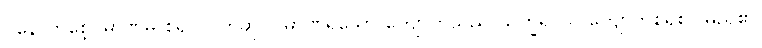
ပဲနောက်စေ့ပမာဏမှ စ၍ လက်ဆုပ်ပမာဏရှိသော ကျောက်သည် သက္ခရ (= ကျောက်စရစ်) မည်၏၊